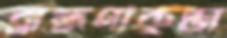
ব্রাহ্মণীকুন্ডা